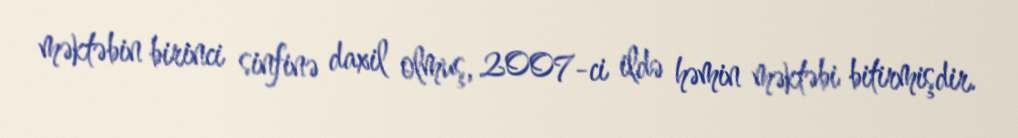
məktəbin birinci sinfinə daxil olmuş, 2007-ci ildə həmin məktəbi bitirmişdir.